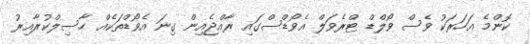
ކޮންމެ އަހަރަކު ވެސް ވޯލްޑް ޓްރެވަލް އެވޯޑްސްގައި ރާއްޖެއިން ގިނަ އެވޯޑްތަކެއް ހާސިލްކުރާއިރު